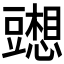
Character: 𰶢